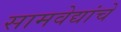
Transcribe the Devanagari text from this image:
सामवेद्यांचे